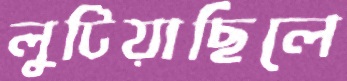
লুটিয়াছিলে